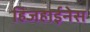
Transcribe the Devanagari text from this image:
हिजहाईनेस